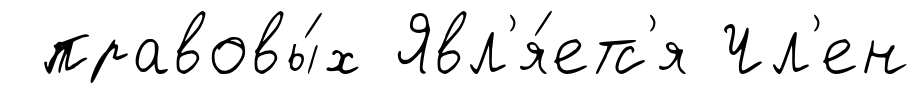
правовы́х Явл'я́етс'я Чл'ен